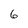
Character: 6